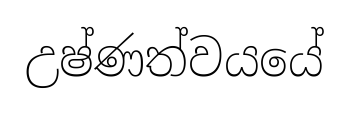
උෂ්ණත්වයයේ